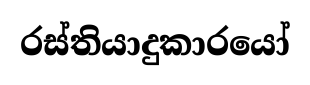
රස්තියාදුකාරයෝ